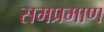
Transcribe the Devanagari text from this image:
समप्रमाण